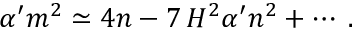
\alpha ^ { \prime } m ^ { 2 } \simeq 4 n - 7 \, H ^ { 2 } \alpha ^ { \prime } n ^ { 2 } + \cdots \; .